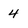
Character: 4